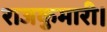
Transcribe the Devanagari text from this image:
राजकुमारी।